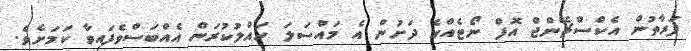
ފަރާތުން އެކްސްޗޭންޖް އޮފް ނޯޓެއްގެ ދަށުން އެ މައްސަލަ ހައްލުކުރަން އެއްބަސްވެފައިވާ ކަމަށެވެ.